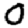
Digit: 0